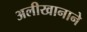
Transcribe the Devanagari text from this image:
अलीखानाने